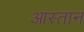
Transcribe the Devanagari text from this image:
आस्तान